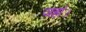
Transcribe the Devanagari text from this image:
जहां।